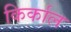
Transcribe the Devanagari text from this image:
किर्काल